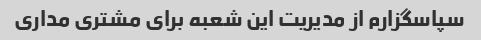
سپاسگزارم از مدیریت این شعبه برای مشتری مداری